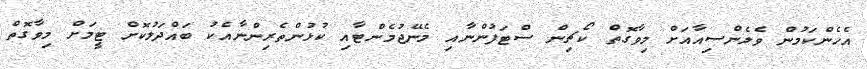
އެހެންކަމުން ވެލެންސިއާއަށް މިވާގޮތް ކޯޗިން ސްޓަފުންނާއި މެނޭޖުމެންޓާއި ކުޅުންތެރިންނާއެކު ބައްދަލުކޮށް ޓީމަށް މިވާގޮތް